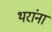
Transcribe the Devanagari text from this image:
थरांना